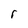
Character: r